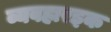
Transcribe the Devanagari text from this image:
व्यवहारइक